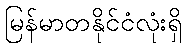
မြန်မာတနိုင်ငံလုံးရှိ